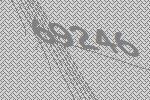
69246